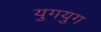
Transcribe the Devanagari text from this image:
युगयुग